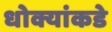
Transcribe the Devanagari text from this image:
धोक्यांकडे